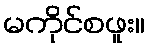
မကိုင်စဖူး။